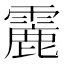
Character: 𩅄